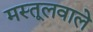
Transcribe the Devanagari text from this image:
मस्तूलवाले